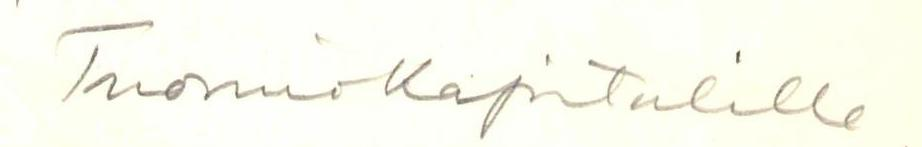
Tuomiokapitulille.